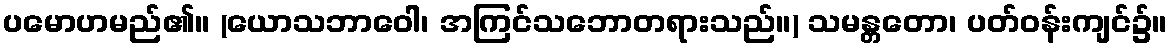
ပမောဟမည်၏။ (ယောသဘာဝေါ၊ အကြင်သဘောတရားသည်။) သမန္တတော၊ ပတ်ဝန်းကျင်၌။